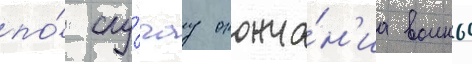
по́ слу́чау оконча́н'иа воины